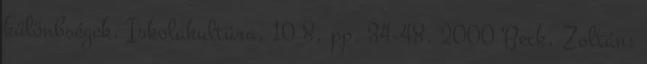
különbségek. Iskolakultúra, 10 8. pp. 34-48. 2000 Beck, Zoltán: